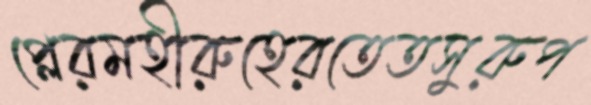
প্লেরমহীরুহেরতেতসুরুপ